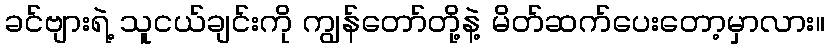
ခင်ဗျားရဲ့ သူငယ်ချင်းကို ကျွန်တော်တို့နဲ့ မိတ်ဆက်ပေးတော့မှာလား။